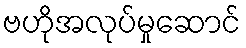
ဗဟိုအလုပ်မှုဆောင်